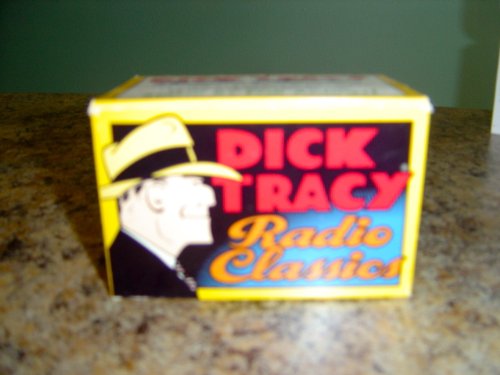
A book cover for Dick Tracy Radio Classics; Highbridge; Humor & Entertainment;